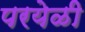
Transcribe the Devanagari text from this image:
परयेळी